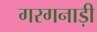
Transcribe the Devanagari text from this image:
गरगनाड़ी